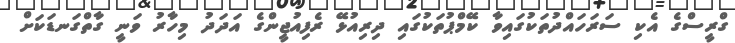
ގްރީސްގެ އެކި ސަރަހައްދުތަކުގައިވާ ކޭމްޕުތަކުގައި ދިރިއުޅޭ ރެފިއުޖީންގެ އަދަދު މިހާރު ވަނީ ގާތްގަނޑަކަށް